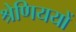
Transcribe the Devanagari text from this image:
श्रेणिययों